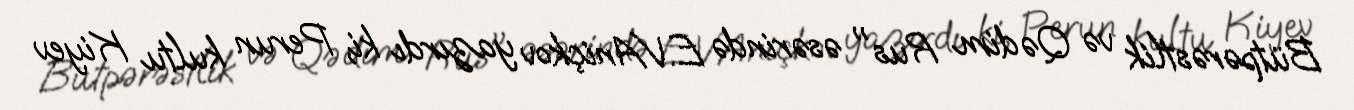
Bütpərəstlik və Qədim Rus" əsərində E.VAniçkov yazırdı ki, Perun kultu Kiyev